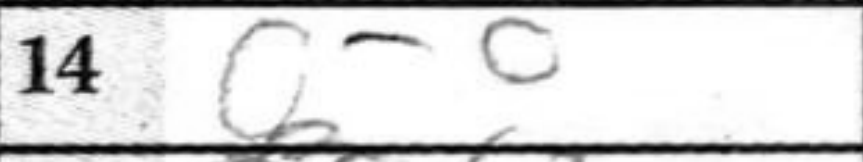
Transcription: O-O